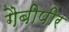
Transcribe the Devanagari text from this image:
गैबीपीर